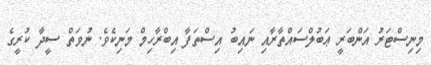
މިނިސްޓަރު އަންބަރީ ޢަބުލްސައްތާރާއި ނައިބު އިސްތަފާ އިބްރާހިމް މަނިކެވެ. ނުވަތް ސީދާ ކުރީގެ